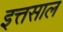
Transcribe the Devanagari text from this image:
इत्तसाल